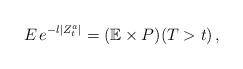
LaTeX: \begin{align*}E\, e^{-l|Z_t^a|}=(\mathbb{E}\times P)(T>t)\, ,\end{align*}